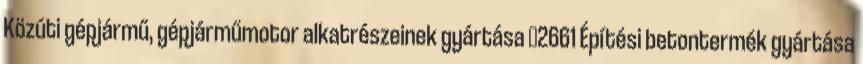
Közúti gépjármű, gépjárműmotor alkatrészeinek gyártása ▪2661 Építési betontermék gyártása